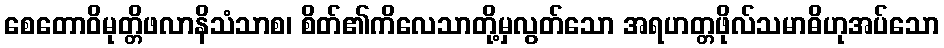
စေတောဝိမုတ္တိဖလာနိသံသာစ၊ စိတ်၏ကိလေသာတို့မှလွတ်သော အရဟတ္တဖိုလ်သမာဓိဟုအပ်သော